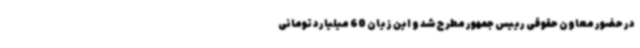
در حضور معاون حقوقی رییس جمهور مطرح شد و این زیان 60 میلیارد تومانی